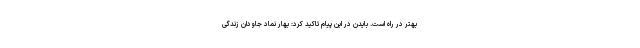
بهتر در راه است. بایدن در این پیام تاکید کرد: بهار نماد جاودان زندگی